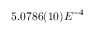
5 . 0 7 8 6 ( 1 0 ) E ^ { - 4 }